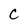
Character: C